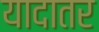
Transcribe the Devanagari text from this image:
यादातर